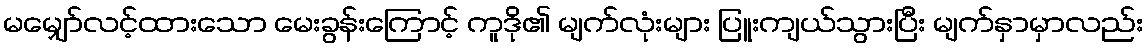
မမျှော်လင့်ထားသော မေးခွန်းကြောင့် ကူဒို၏ မျက်လုံးများ ပြူးကျယ်သွားပြီး မျက်နှာမှာလည်း